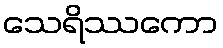
သေရိဿကော